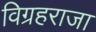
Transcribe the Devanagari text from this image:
विग्रहराजा